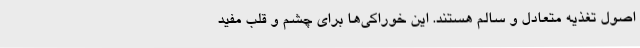
اصول تغذیه متعادل و سالم هستند. این خوراکی‌ها برای چشم و قلب مفید